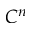
C ^ { n }